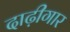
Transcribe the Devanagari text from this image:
दाढ़ीगार